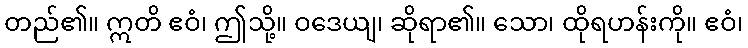
တည်၏။ ဣတိ ဧဝံ၊ ဤသို့။ ဝဒေယျ၊ ဆိုရာ၏။ သော၊ ထိုရဟန်းကို။ ဧဝံ၊